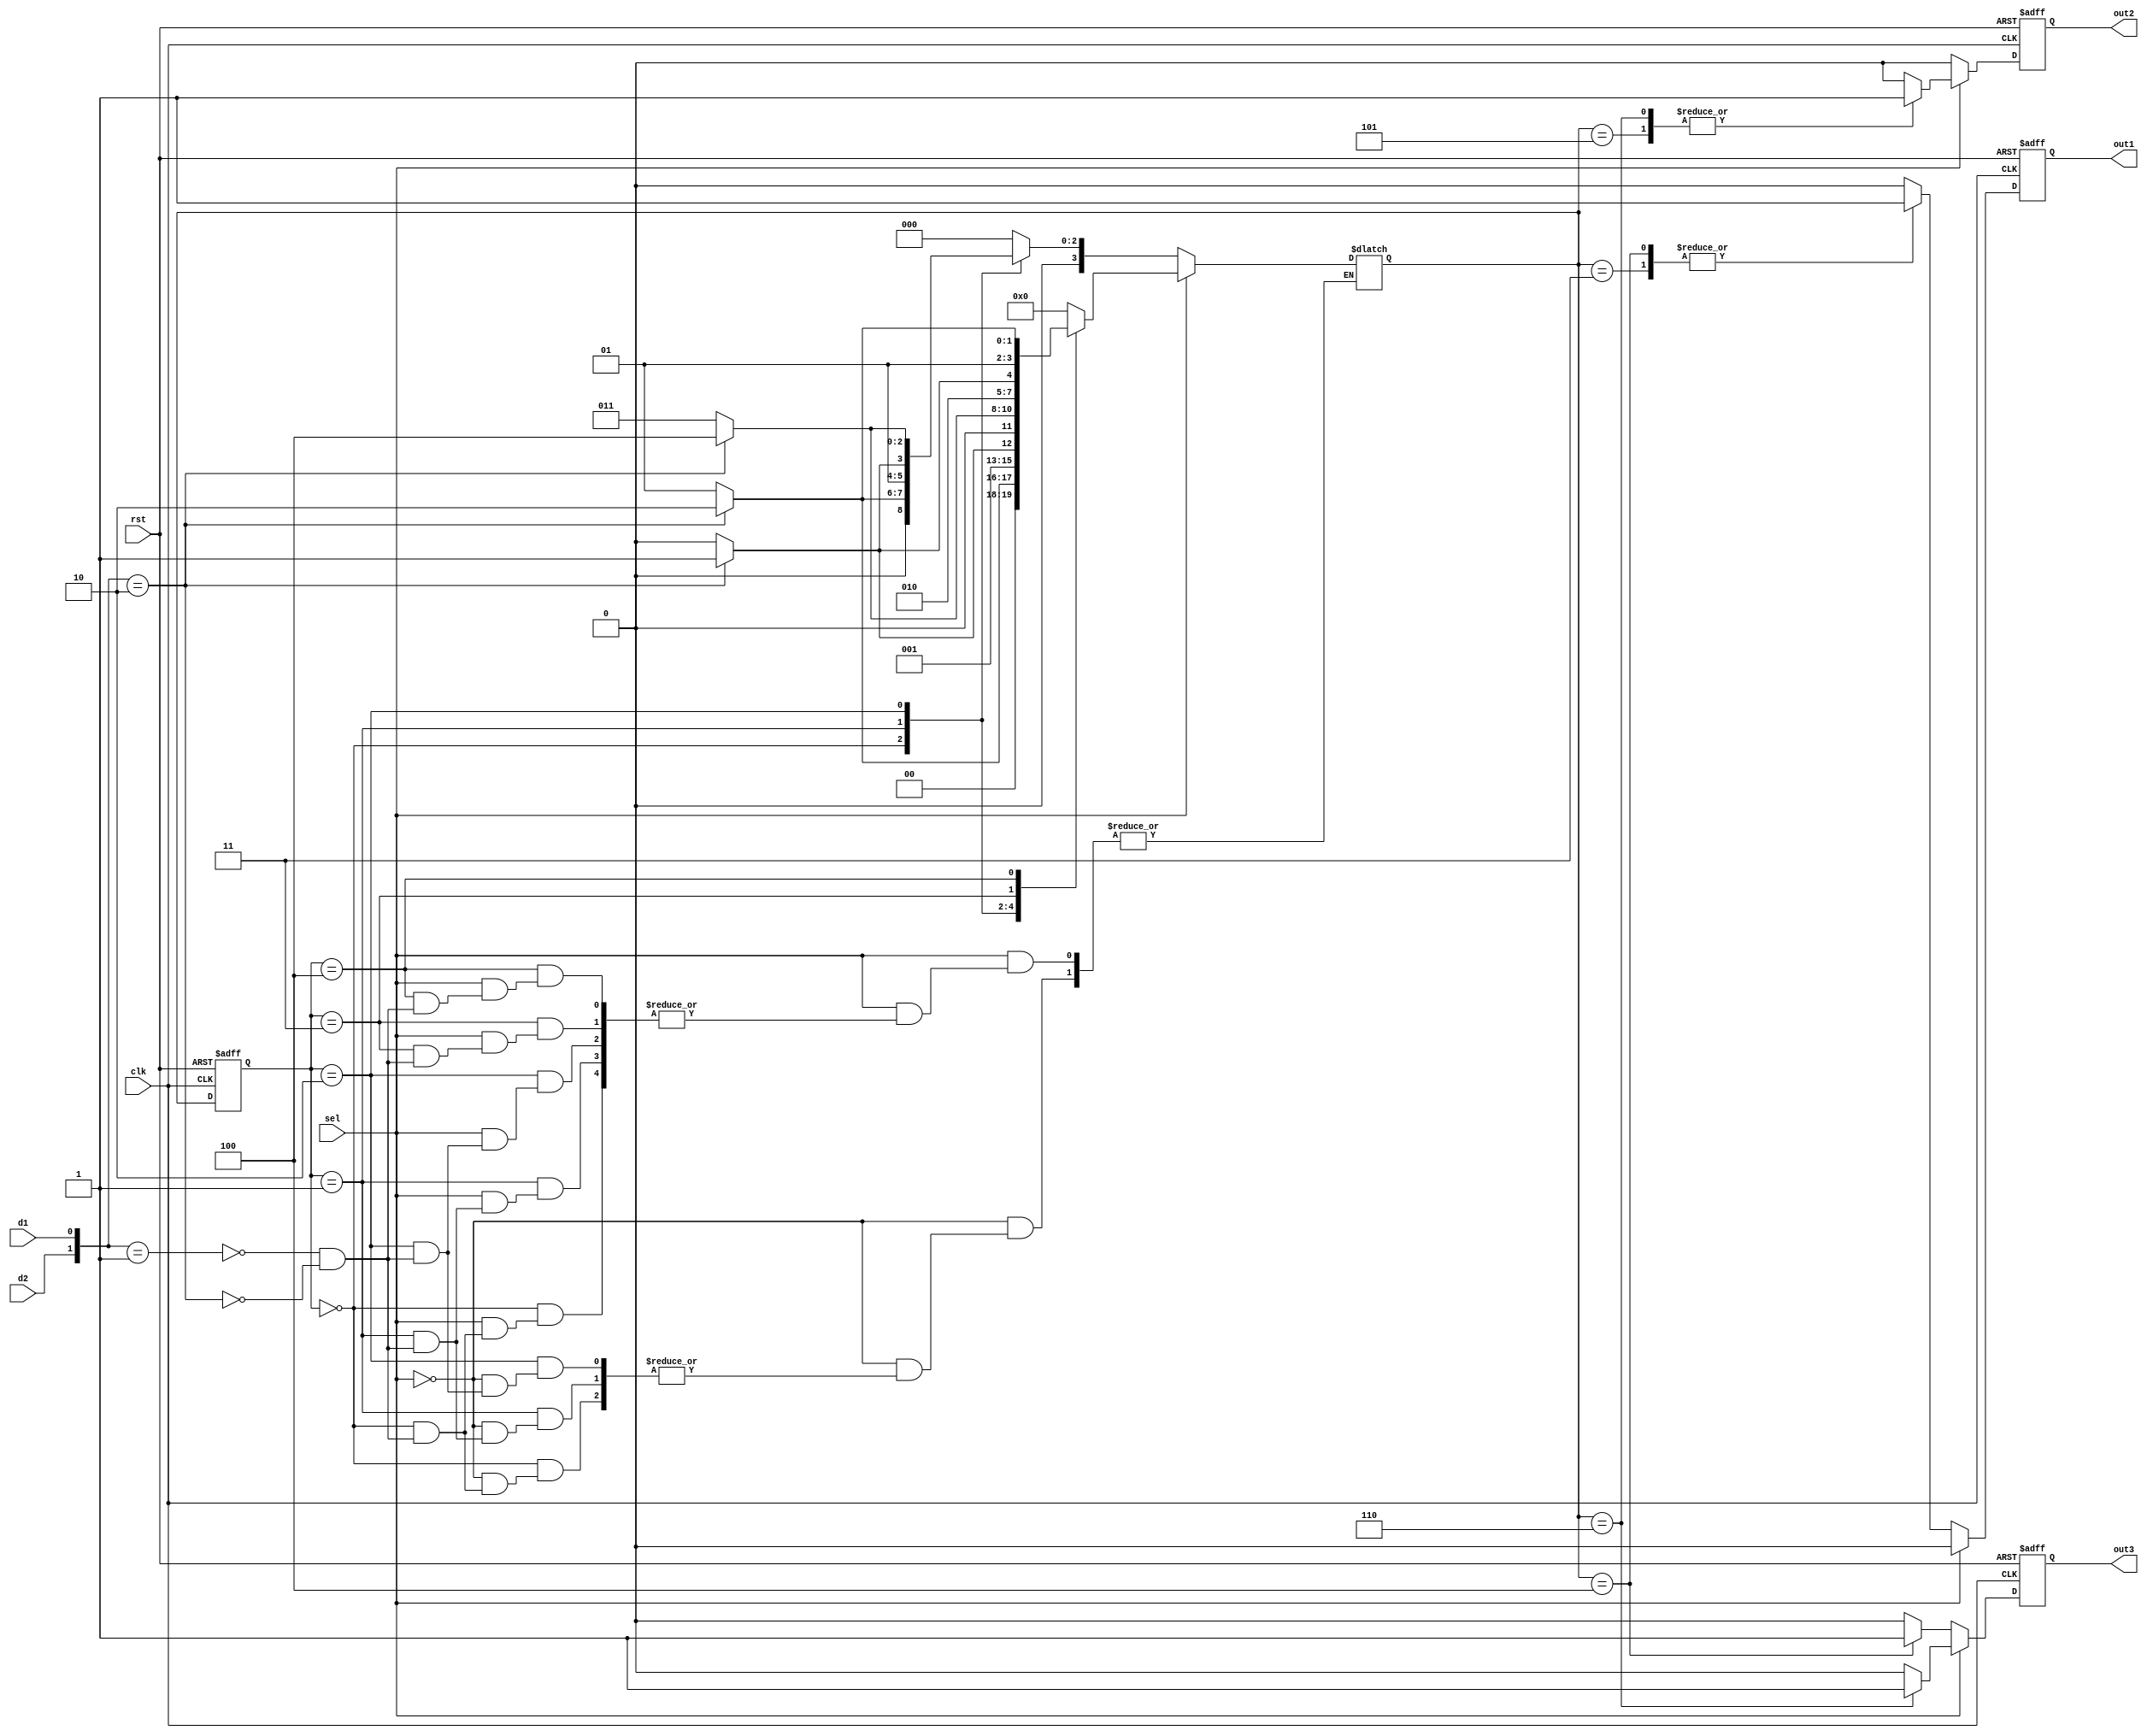
`timescale 1ns/1ns

module seller2(
	input wire clk  ,
	input wire rst  ,
	input wire d1 ,
	input wire d2 ,
	input wire sel ,
	
	output reg out1,
	output reg out2,
	output reg out3
);
//*************code***********//
parameter S0 = 0, 
          S1 = 1, 
          S2 = 2, 
          S3 = 3, 
          S4 = 4, 
          S5 = 5, 
          S6 = 6;

reg [3:0] state, next_state;
wire [1:0] input_state;

assign input_state = {d2, d1};

always @(posedge clk or negedge rst) begin
    if(!rst) state <= 0;
    else state <= next_state;
end

always @(*) begin
    if(!sel)
        case(state)
            S0: case(input_state)
                2'b01: next_state = S1;
                2'b10: next_state = S2;
                default: next_state = next_state; 
            endcase
            S1: case(input_state)
                2'b01: next_state = S2;
                2'b10: next_state = S3;
                default: next_state = next_state; 
            endcase
            S2: case(input_state)
                2'b01: next_state = S3;
                2'b10: next_state = S4;
                default: next_state = next_state; 
            endcase
            default: next_state = 0;
        endcase
    else begin
        case(state)
            S0: case(input_state)
                2'b01: next_state = S1;
                2'b10: next_state = S2;
                default: next_state = next_state; 
            endcase
            S1: case(input_state)
                2'b01: next_state = S2;
                2'b10: next_state = S3;
                default: next_state = next_state; 
            endcase
            S2: case(input_state)
                2'b01: next_state = S3;
                2'b10: next_state = S4;
                default: next_state = next_state; 
            endcase
            S3: case(input_state)
                2'b01: next_state = S4;
                2'b10: next_state = S5;
                default: next_state = next_state; 
            endcase
            S4: case(input_state)
                2'b01: next_state = S5;
                2'b10: next_state = S6;
                default: next_state = next_state; 
            endcase
            default: next_state = 0;
        endcase        
    end
end

always @(posedge clk or negedge rst) begin
    if(!rst) begin
        out1 <= 0;
        out2 <= 0;
        out3 <= 0;
    end
    else begin
        if(!sel) begin
            case(next_state)
            S3: begin
                out1 <= 1;
                out2 <= 0;
                out3 <= 0;
            end
            S4: begin
                out1 <= 1;
                out2 <= 0;
                out3 <= 1;
            end
            default: begin
                out1 <= 0;
                out2 <= 0;
                out3 <= 0;
            end
            endcase
        end
        else begin
            case(next_state)
            S5: begin
                out1 <= 0;
                out2 <= 1;
                out3 <= 0;
            end
            S6: begin
                out1 <= 0;
                out2 <= 1;
                out3 <= 1;
            end
            default: begin
                out1 <= 0;
                out2 <= 0;
                out3 <= 0;
            end
            endcase
        end
    end
end

//*************code***********//
endmodule